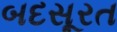
બદસૂરત